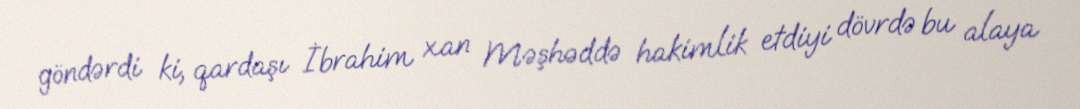
göndərdi ki, qardaşı İbrahim xan Məşhəddə hakimlik etdiyi dövrdə bu alaya